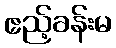
ဧည့်ခန်းမ